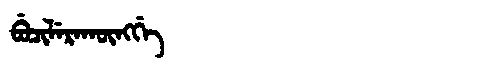
Manchu: ᠪᡠᠴᡳᠯᡝᡵᠠᡴᡡᠩᡤᡝ
Romanization: BUCILERAKŪNGGE